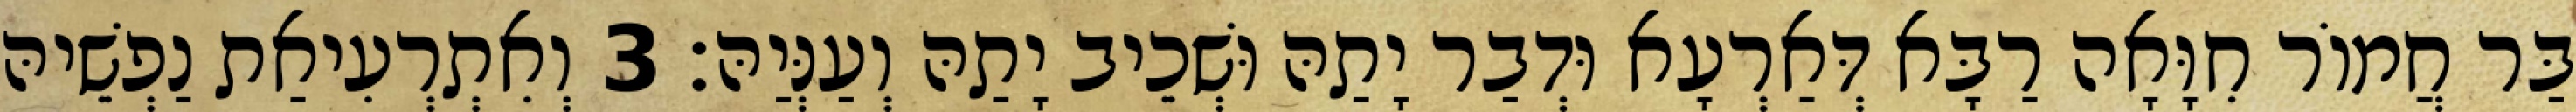
בַּר חֲמוֹר חִוָּאָה רַבָּא דְּאַרְעָא וּדְבַר יָתַהּ וּשְׁכֵיב יָתַהּ וְעַנְּיַהּ׃ 3 וְאִתְרְעִיאַת נַפְשֵׁיהּ